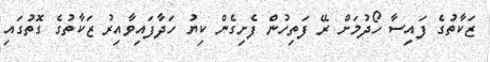
ޒަކާތުގެ ފައިސާ ހޯދުމަށް ރޭ ފަތިހުން ފެށިގެން ކިޔު ހަދާފައިވާއިރު ޒަކާތުގެ ގޮތުގައި